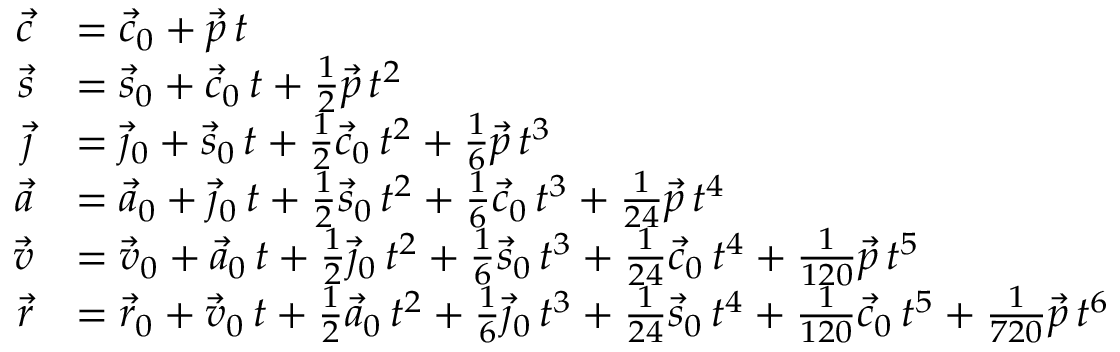
{ \begin{array} { r l } { { \vec { c } } } & { = { \vec { c } } _ { 0 } + { \vec { p } } \, t } \\ { { \vec { s } } } & { = { \vec { s } } _ { 0 } + { \vec { c } } _ { 0 } \, t + { \frac { 1 } { 2 } } { \vec { p } } \, t ^ { 2 } } \\ { { \vec { \jmath } } } & { = { \vec { \jmath } } _ { 0 } + { \vec { s } } _ { 0 } \, t + { \frac { 1 } { 2 } } { \vec { c } } _ { 0 } \, t ^ { 2 } + { \frac { 1 } { 6 } } { \vec { p } } \, t ^ { 3 } } \\ { { \vec { a } } } & { = { \vec { a } } _ { 0 } + { \vec { \jmath } } _ { 0 } \, t + { \frac { 1 } { 2 } } { \vec { s } } _ { 0 } \, t ^ { 2 } + { \frac { 1 } { 6 } } { \vec { c } } _ { 0 } \, t ^ { 3 } + { \frac { 1 } { 2 4 } } { \vec { p } } \, t ^ { 4 } } \\ { { \vec { v } } } & { = { \vec { v } } _ { 0 } + { \vec { a } } _ { 0 } \, t + { \frac { 1 } { 2 } } { \vec { \jmath } } _ { 0 } \, t ^ { 2 } + { \frac { 1 } { 6 } } { \vec { s } } _ { 0 } \, t ^ { 3 } + { \frac { 1 } { 2 4 } } { \vec { c } } _ { 0 } \, t ^ { 4 } + { \frac { 1 } { 1 2 0 } } { \vec { p } } \, t ^ { 5 } } \\ { { \vec { r } } } & { = { \vec { r } } _ { 0 } + { \vec { v } } _ { 0 } \, t + { \frac { 1 } { 2 } } { \vec { a } } _ { 0 } \, t ^ { 2 } + { \frac { 1 } { 6 } } { \vec { \jmath } } _ { 0 } \, t ^ { 3 } + { \frac { 1 } { 2 4 } } { \vec { s } } _ { 0 } \, t ^ { 4 } + { \frac { 1 } { 1 2 0 } } { \vec { c } } _ { 0 } \, t ^ { 5 } + { \frac { 1 } { 7 2 0 } } { \vec { p } } \, t ^ { 6 } } \end{array} }